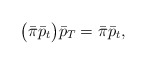
\begin{align*}\big(\bar \pi\bar p_t\big) \bar p_T= \bar \pi \bar p_t,\end{align*}